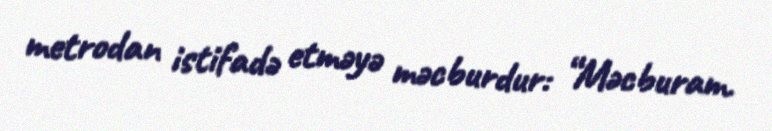
metrodan istifadə etməyə məcburdur: “Məcburam.